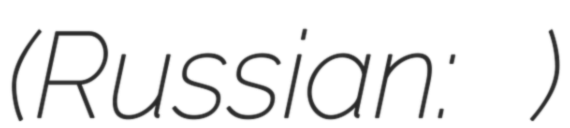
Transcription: (Russian: Ильинка)